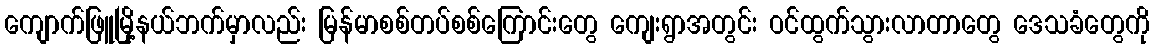
ကျောက်ဖြူမြို့နယ်ဘက်မှာလည်း မြန်မာစစ်တပ်စစ်ကြောင်းတွေ ကျေးရွာအတွင်း ဝင်ထွက်သွားလာတာတွေ ဒေသခံတွေကို